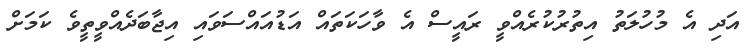
އަދި އެ މުހުލަތު އިތުރުކުރެއްވީ ރައީސް އެ ވާހަކަތައް އަޑުއައްސަވައި އިޖާބަދެއްވީތީވެ ކަމަށް